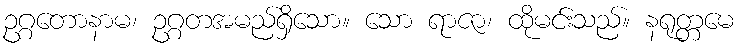
ဥဂ္ဂတောနာမ၊ ဥဂ္ဂတအမည်ရှိသော။ သော ရာဇာ၊ ထိုမင်းသည်။ နရုတ္တမေ